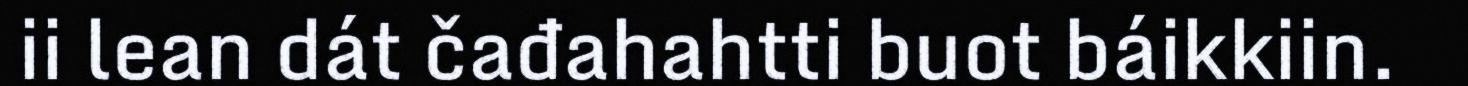
ii lean dát čađahahtti buot báikkiin.